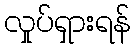
လှုပ်ရှားရန်